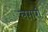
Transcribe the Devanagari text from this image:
लग़ारी